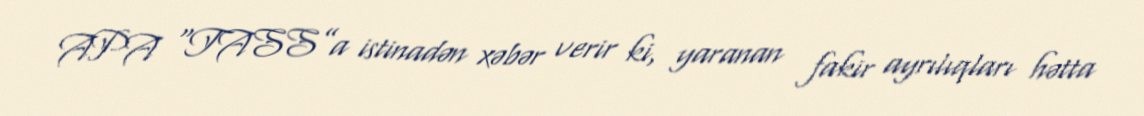
APA “TASS”a istinadən xəbər verir ki, yaranan fakir ayrılıqları hətta